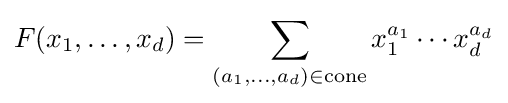
F(x_{1},\dots ,x_{d})=\sum _{(a_{1},\dots ,a_{d})\in {\rm {cone}}}x_{1}^{a_{1}}\cdots x_{d}^{a_{d}}